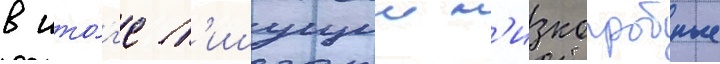
в ито́г'е п'ишущии н'изкопробные